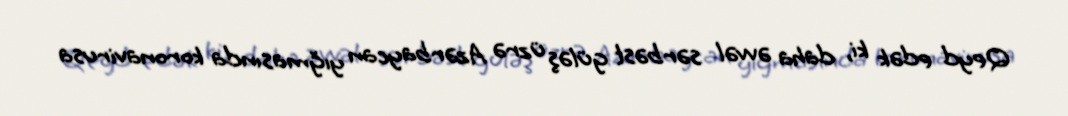
Qeyd edək ki, daha əvvəl sərbəst güləş üzrə Azərbaycan yığmasında koronavirusa